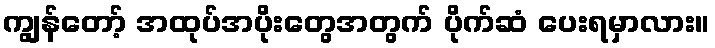
ကျွန်တော့် အထုပ်အပိုးတွေအတွက် ပိုက်ဆံ ပေးရမှာလား။